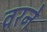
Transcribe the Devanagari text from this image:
वरने